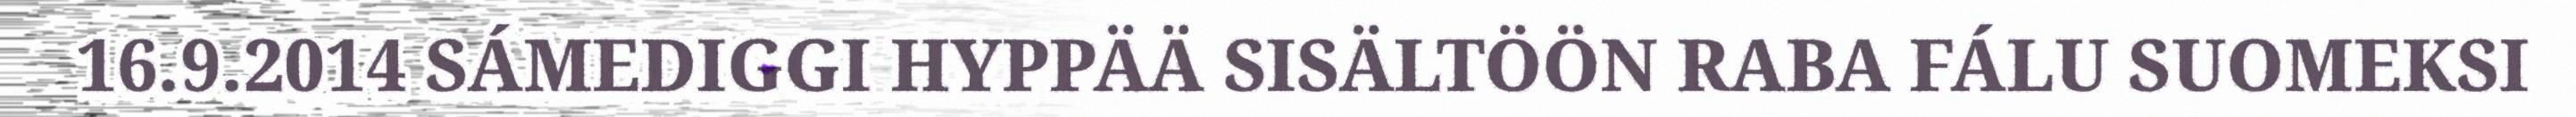
16.9.2014 SÁMEDIGGI HYPPÄÄ SISÄLTÖÖN RABA FÁLU SUOMEKSI